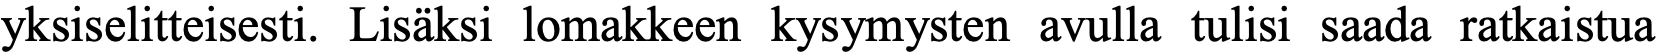
yksiselitteisesti. Lisäksi lomakkeen kysymysten avulla tulisi saada ratkaistua